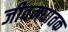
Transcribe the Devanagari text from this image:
जीवनघातक